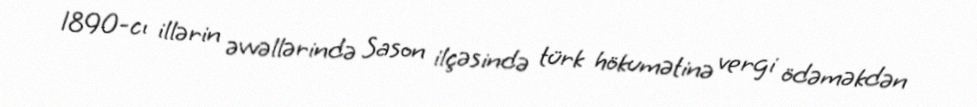
1890-cı illərin əvvəllərində Sason ilçəsində türk hökumətinə vergi ödəməkdən